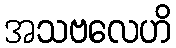
အသဗလေဟိ